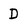
Character: D